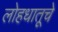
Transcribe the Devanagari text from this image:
लोहधातूचे